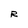
Character: R